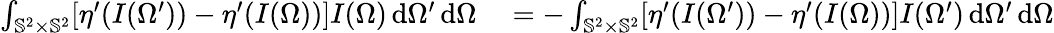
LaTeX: \begin{array}{rl}{\int_{\mathbb{S}^{2}\times\mathbb{S}^{2}}[\eta^{\prime}(I(\Omega^{\prime}))-\eta^{\prime}(I(\Omega))]I(\Omega)\, \mathrm{d}\Omega^{\prime}\, \mathrm{d}\Omega}&{{}=-\int_{\mathbb{S}^{2}\times\mathbb{S}^{2}}[\eta^{\prime}(I(\Omega^{\prime}))-\eta^{\prime}(I(\Omega))]I(\Omega^{\prime})\, \mathrm{d}\Omega^{\prime}\, \mathrm{d}\Omega}\end{array}